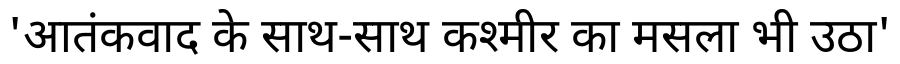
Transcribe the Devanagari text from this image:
'आतंकवाद के साथ-साथ कश्मीर का मसला भी उठा'